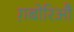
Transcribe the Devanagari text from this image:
ग़बोरिऔ